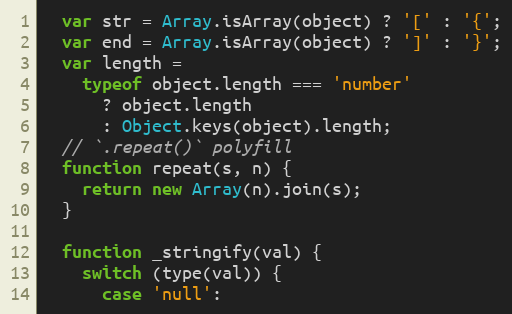
Language: JavaScript
  var str = Array.isArray(object) ? '[' : '{';
  var end = Array.isArray(object) ? ']' : '}';
  var length =
    typeof object.length === 'number'
      ? object.length
      : Object.keys(object).length;
  // `.repeat()` polyfill
  function repeat(s, n) {
    return new Array(n).join(s);
  }

  function _stringify(val) {
    switch (type(val)) {
      case 'null':